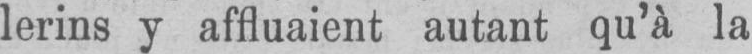
lerins y affluaient autant qu’à la